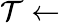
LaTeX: \mathcal{T}\leftarrow